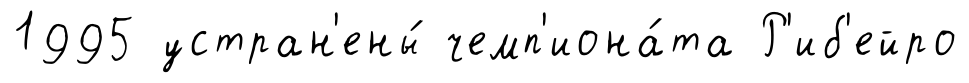
1995 устран'ены́ чемп'иона́та Р'иб'ейро